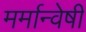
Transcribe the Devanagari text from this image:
मर्मान्‍वेषी